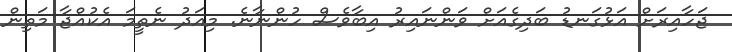
ޖަހާއިރަށް އަޅުގަނޑު ބަދިގެއަށް ވަންނައިރު އިބާވެސް ހުންނާނެ. މިއަދު ނެތީމަ އެކުއްޖާ މަތިން